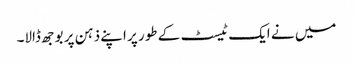
میں نے ایک ٹیسٹ کے طور پر اپنے ذہن پر بوجھ ڈالا۔